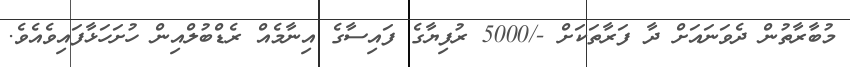
މުބާރާތުން ދެވަނައަށް ދާ ފަރާތަކަށް -/5000 ރުފިޔާގެ ފައިސާގެ އިނާމެއް ރެޑްބުލްއިން ހުށަހަޅާފައިވެއެވެ.